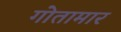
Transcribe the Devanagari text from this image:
गोतामार